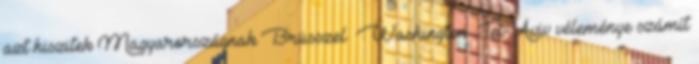
azt hiszitek Magyarországnak Brüsszel Washington Tel- Aviv véleménye számít